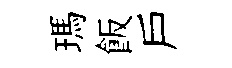
瑪飯戸